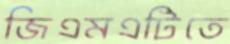
জিএমএটিতে